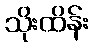
သိုးထိန်း